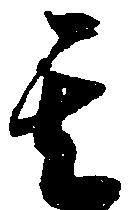
其